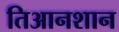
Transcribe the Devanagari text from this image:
तिआनशान